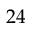
2 4